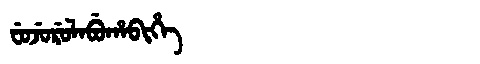
Manchu: ᠸᡠᠵᡠᡵᡠᠯᠠᠪᡠᡥᠠᠪᡳᡥᡝ
Romanization: FUJURULABUHABIHE